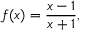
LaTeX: f ( x ) = { \frac { x - 1 } { x + 1 } } ,